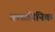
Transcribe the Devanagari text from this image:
अलागिनिक